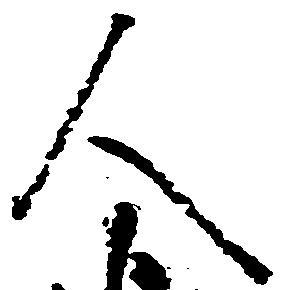
人